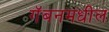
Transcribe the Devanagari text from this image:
गॅबनमधील